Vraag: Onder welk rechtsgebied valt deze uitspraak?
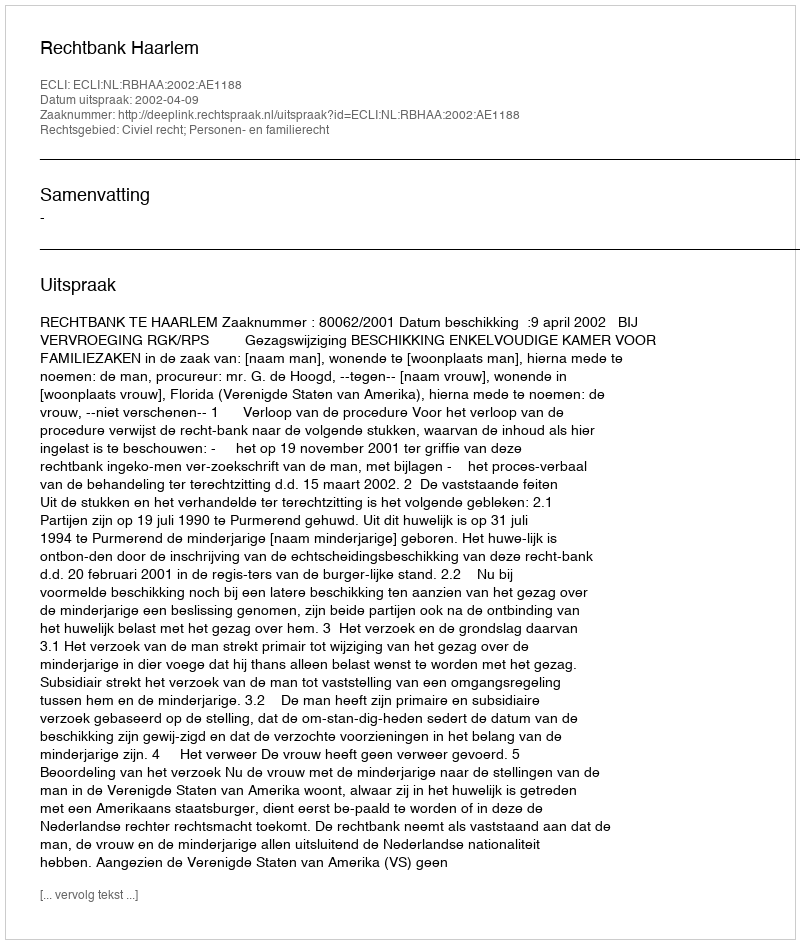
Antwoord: Civiel recht; Personen- en familierecht